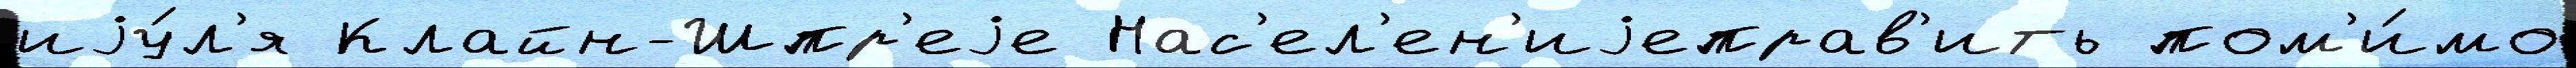
иjу́л'я Клайн-Шпр'еjе Нас'ел'ен'иjеправ'ить пом'и́мо